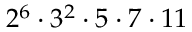
2 ^ { 6 } \cdot 3 ^ { 2 } \cdot 5 \cdot 7 \cdot 1 1